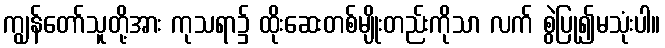
ကျွန်တော်သူတို့အား ကုသရာ၌ ထိုးဆေးတစ်မျိုးတည်းကိုသာ လက် စွဲပြု၍မသုံးပါ။